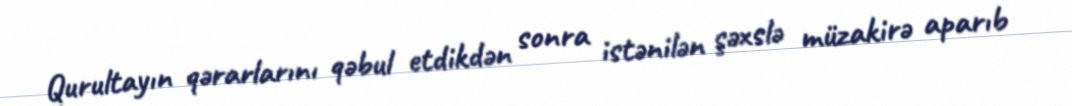
Qurultayın qərarlarını qəbul etdikdən sonra istənilən şəxslə müzakirə aparıb